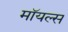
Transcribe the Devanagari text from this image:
मॉयल्स